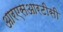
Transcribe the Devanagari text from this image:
आरएसआरटीसी